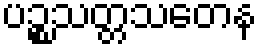
ပဉ္စသတ္တသတေန